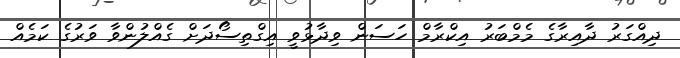
ދިއްގަރު ދާއިރާގެ މެމްބަރު އިކްރާމް ހަސަން ވިދާޅުވީ އިގްތިސޯދަށް ގެއްލުންވާ ވަރުގެ ކަމެއް